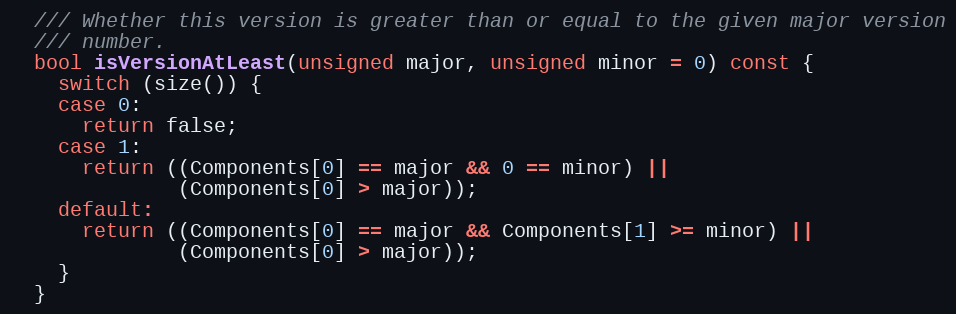
Language: C
  /// Whether this version is greater than or equal to the given major version
  /// number.
  bool isVersionAtLeast(unsigned major, unsigned minor = 0) const {
    switch (size()) {
    case 0:
      return false;
    case 1:
      return ((Components[0] == major && 0 == minor) ||
              (Components[0] > major));
    default:
      return ((Components[0] == major && Components[1] >= minor) ||
              (Components[0] > major));
    }
  }